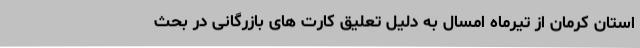
استان کرمان از تیرماه امسال به دلیل تعلیق کارت های بازرگانی در بحث